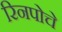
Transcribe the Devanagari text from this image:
रिनपोचे